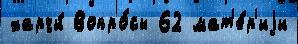
харчи́ Вопро́сы 62 мат'е́р'иjи